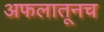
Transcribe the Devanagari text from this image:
अफलातूनच